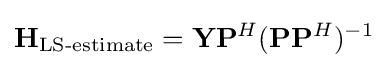
\mathbf {H} _{\textrm {LS-estimate}}=\mathbf {Y} \mathbf {P} ^{H}(\mathbf {P} \mathbf {P} ^{H})^{-1}